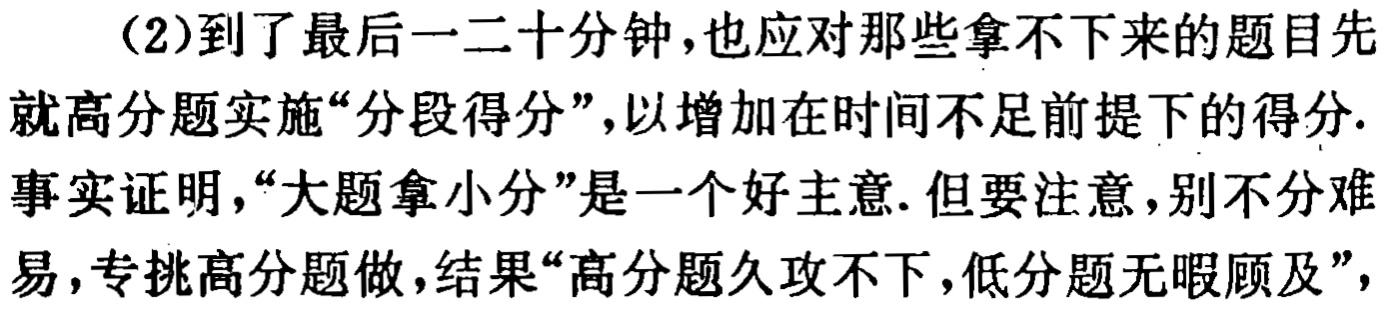
（2）到了最后一二十分钟，也应对那些拿不下来的题目先就高分题实施“分段得分”，以增加在时间不足前提下的得分. 事实证明，“大题拿小分”是一个好主意. 但要注意，别不分难易，专挑高分题做，结果“高分题久攻不下，低分题无暇顾及”，